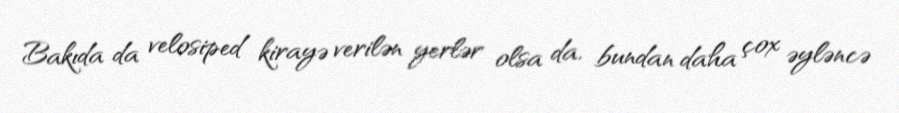
Bakıda da velosiped kirayə verilən yerlər olsa da, bundan daha çox əyləncə